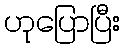
ဟုပြောပြီး